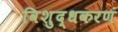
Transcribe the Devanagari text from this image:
विशुद्धकरणं